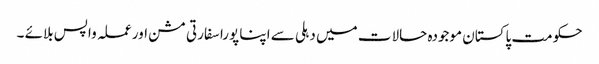
حکومت پاکستان موجودہ حالات میں دہلی سے اپنا پورا سفارتی مشن اور عملہ واپس بلائے ۔